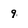
Character: 9